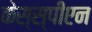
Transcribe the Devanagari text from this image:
केस्स्पीएन